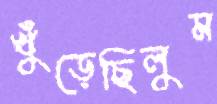
খুঁড়েছিলুম